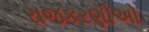
રાજકરણીઅો